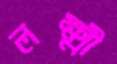
লক্ষ্মী